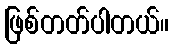
ဖြစ်တတ်ပါတယ်။